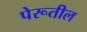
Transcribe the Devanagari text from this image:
पेरूतील